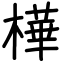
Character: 樺